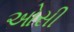
ઓસી